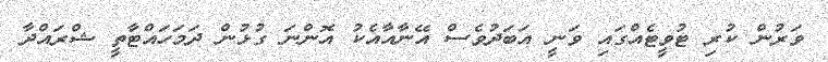
ވަރުން ކުރި ޓުވީޓެއްގައި ވަނީ އަބަދުވެސް އޭނާއާއެކު އޮންނަ ގުޅުން ދަމަހައްޓާތީ ޝްރައްދާ